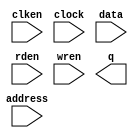
// megafunction wizard: %RAM: 1-PORT%VBB%
// GENERATION: STANDARD
// VERSION: WM1.0
// MODULE: altsyncram 

// ============================================================
// Megafunction Name(s):
// 			altsyncram
//
// Simulation Library Files(s):
// 			altera_mf
// ============================================================
// ************************************************************
// THIS IS A WIZARD-GENERATED FILE. DO NOT EDIT THIS FILE!
//
// 22.1std.0 Build 915 10/25/2022 SC Lite Edition
// ************************************************************

//Copyright (C) 2022  Intel Corporation. All rights reserved.
//Your use of Intel Corporation's design tools, logic functions 
//and other software and tools, and any partner logic 
//functions, and any output files from any of the foregoing 
//(including device programming or simulation files), and any 
//associated documentation or information are expressly subject 
//to the terms and conditions of the Intel Program License 
//Subscription Agreement, the Intel Quartus Prime License Agreement,
//the Intel FPGA IP License Agreement, or other applicable license
//agreement, including, without limitation, that your use is for
//the sole purpose of programming logic devices manufactured by
//Intel and sold by Intel or its authorized distributors.  Please
//refer to the applicable agreement for further details, at
//https://fpgasoftware.intel.com/eula.

module blk_mem_gen_2 (
	address,
	clken,
	clock,
	data,
	rden,
	wren,
	q);

	input	[13:0]  address;
	input	  clken;
	input	  clock;
	input	[15:0]  data;
	input	  rden;
	input	  wren;
	output	[15:0]  q;
`ifndef ALTERA_RESERVED_QIS
// synopsys translate_off
`endif
	tri1	  clken;
	tri1	  clock;
	tri1	  rden;
`ifndef ALTERA_RESERVED_QIS
// synopsys translate_on
`endif

endmodule

// ============================================================
// CNX file retrieval info
// ============================================================
// Retrieval info: PRIVATE: ADDRESSSTALL_A NUMERIC "0"
// Retrieval info: PRIVATE: AclrAddr NUMERIC "0"
// Retrieval info: PRIVATE: AclrByte NUMERIC "0"
// Retrieval info: PRIVATE: AclrData NUMERIC "0"
// Retrieval info: PRIVATE: AclrOutput NUMERIC "0"
// Retrieval info: PRIVATE: BYTE_ENABLE NUMERIC "0"
// Retrieval info: PRIVATE: BYTE_SIZE NUMERIC "8"
// Retrieval info: PRIVATE: BlankMemory NUMERIC "0"
// Retrieval info: PRIVATE: CLOCK_ENABLE_INPUT_A NUMERIC "1"
// Retrieval info: PRIVATE: CLOCK_ENABLE_OUTPUT_A NUMERIC "1"
// Retrieval info: PRIVATE: Clken NUMERIC "1"
// Retrieval info: PRIVATE: DataBusSeparated NUMERIC "1"
// Retrieval info: PRIVATE: IMPLEMENT_IN_LES NUMERIC "0"
// Retrieval info: PRIVATE: INIT_FILE_LAYOUT STRING "PORT_A"
// Retrieval info: PRIVATE: INIT_TO_SIM_X NUMERIC "0"
// Retrieval info: PRIVATE: INTENDED_DEVICE_FAMILY STRING "MAX 10"
// Retrieval info: PRIVATE: JTAG_ENABLED NUMERIC "0"
// Retrieval info: PRIVATE: JTAG_ID STRING "NONE"
// Retrieval info: PRIVATE: MAXIMUM_DEPTH NUMERIC "0"
// Retrieval info: PRIVATE: MIFfilename STRING "./initialization_mem_2/blk_mem_gen_2.mif"
// Retrieval info: PRIVATE: NUMWORDS_A NUMERIC "16384"
// Retrieval info: PRIVATE: RAM_BLOCK_TYPE NUMERIC "0"
// Retrieval info: PRIVATE: READ_DURING_WRITE_MODE_PORT_A NUMERIC "2"
// Retrieval info: PRIVATE: RegAddr NUMERIC "1"
// Retrieval info: PRIVATE: RegData NUMERIC "1"
// Retrieval info: PRIVATE: RegOutput NUMERIC "0"
// Retrieval info: PRIVATE: SYNTH_WRAPPER_GEN_POSTFIX STRING "0"
// Retrieval info: PRIVATE: SingleClock NUMERIC "1"
// Retrieval info: PRIVATE: UseDQRAM NUMERIC "1"
// Retrieval info: PRIVATE: WRCONTROL_ACLR_A NUMERIC "0"
// Retrieval info: PRIVATE: WidthAddr NUMERIC "14"
// Retrieval info: PRIVATE: WidthData NUMERIC "16"
// Retrieval info: PRIVATE: rden NUMERIC "1"
// Retrieval info: LIBRARY: altera_mf altera_mf.altera_mf_components.all
// Retrieval info: CONSTANT: CLOCK_ENABLE_INPUT_A STRING "NORMAL"
// Retrieval info: CONSTANT: CLOCK_ENABLE_OUTPUT_A STRING "BYPASS"
// Retrieval info: CONSTANT: INIT_FILE STRING "./initialization_mem_2/blk_mem_gen_2.mif"
// Retrieval info: CONSTANT: INTENDED_DEVICE_FAMILY STRING "MAX 10"
// Retrieval info: CONSTANT: LPM_HINT STRING "ENABLE_RUNTIME_MOD=NO"
// Retrieval info: CONSTANT: LPM_TYPE STRING "altsyncram"
// Retrieval info: CONSTANT: NUMWORDS_A NUMERIC "16384"
// Retrieval info: CONSTANT: OPERATION_MODE STRING "SINGLE_PORT"
// Retrieval info: CONSTANT: OUTDATA_ACLR_A STRING "NONE"
// Retrieval info: CONSTANT: OUTDATA_REG_A STRING "UNREGISTERED"
// Retrieval info: CONSTANT: POWER_UP_UNINITIALIZED STRING "FALSE"
// Retrieval info: CONSTANT: READ_DURING_WRITE_MODE_PORT_A STRING "DONT_CARE"
// Retrieval info: CONSTANT: WIDTHAD_A NUMERIC "14"
// Retrieval info: CONSTANT: WIDTH_A NUMERIC "16"
// Retrieval info: CONSTANT: WIDTH_BYTEENA_A NUMERIC "1"
// Retrieval info: USED_PORT: address 0 0 14 0 INPUT NODEFVAL "address[13..0]"
// Retrieval info: USED_PORT: clken 0 0 0 0 INPUT VCC "clken"
// Retrieval info: USED_PORT: clock 0 0 0 0 INPUT VCC "clock"
// Retrieval info: USED_PORT: data 0 0 16 0 INPUT NODEFVAL "data[15..0]"
// Retrieval info: USED_PORT: q 0 0 16 0 OUTPUT NODEFVAL "q[15..0]"
// Retrieval info: USED_PORT: rden 0 0 0 0 INPUT VCC "rden"
// Retrieval info: USED_PORT: wren 0 0 0 0 INPUT NODEFVAL "wren"
// Retrieval info: CONNECT: @address_a 0 0 14 0 address 0 0 14 0
// Retrieval info: CONNECT: @clock0 0 0 0 0 clock 0 0 0 0
// Retrieval info: CONNECT: @clocken0 0 0 0 0 clken 0 0 0 0
// Retrieval info: CONNECT: @data_a 0 0 16 0 data 0 0 16 0
// Retrieval info: CONNECT: @rden_a 0 0 0 0 rden 0 0 0 0
// Retrieval info: CONNECT: @wren_a 0 0 0 0 wren 0 0 0 0
// Retrieval info: CONNECT: q 0 0 16 0 @q_a 0 0 16 0
// Retrieval info: GEN_FILE: TYPE_NORMAL blk_mem_gen_2.v TRUE
// Retrieval info: GEN_FILE: TYPE_NORMAL blk_mem_gen_2.inc TRUE
// Retrieval info: GEN_FILE: TYPE_NORMAL blk_mem_gen_2.cmp TRUE
// Retrieval info: GEN_FILE: TYPE_NORMAL blk_mem_gen_2.bsf TRUE
// Retrieval info: GEN_FILE: TYPE_NORMAL blk_mem_gen_2_inst.v TRUE
// Retrieval info: GEN_FILE: TYPE_NORMAL blk_mem_gen_2_bb.v TRUE
// Retrieval info: LIB_FILE: altera_mf